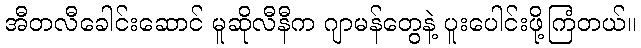
အီတလီခေါင်းဆောင် မူဆိုလီနီက ဂျာမန်တွေနဲ့ ပူးပေါင်းဖို့ကြံတယ်။